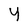
Character: Y